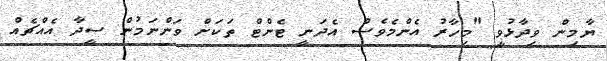
ޔާމިން ވިދާޅުވީ "މިހާރު އެންމެވެސް އެދަނީ ޓެންޓް ތަކަށް ވަންނަމުން ސީދާ އެއްޗެއް